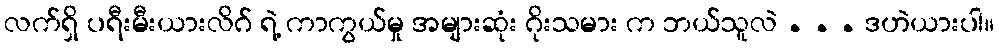
လက်ရှိ ပရီးမီးယားလိဂ် ရဲ့ ကာကွယ်မှု အများဆုံး ဂိုးသမား က ဘယ်သူလဲ . . . ဒဟဲယားပါ။